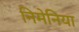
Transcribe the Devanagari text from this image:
निमेनिया